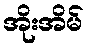
အိုးအိမ်